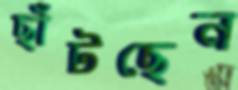
ছাঁটছেন